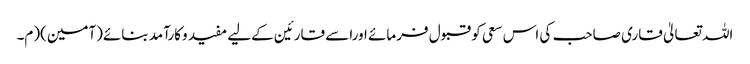
اللہ تعالیٰ قاری صاحب کی اس سعی کو قبول فرمائے اوراسے قارئین کےلیے مفید وکارآمد بنائے(آمین)(م۔